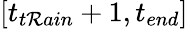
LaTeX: [t_{t\mathcal{R}ain}+1,{t_{end}}]